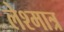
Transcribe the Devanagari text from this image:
लेश्मात्र